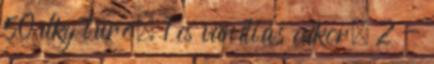
50 dkg túró, 1 cs vaníliás cukor, 2 -